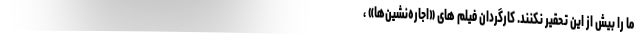
ما را بیش از این تحقیر نکنند. کارگردان فیلم های «اجاره‌نشین‌ها» ،